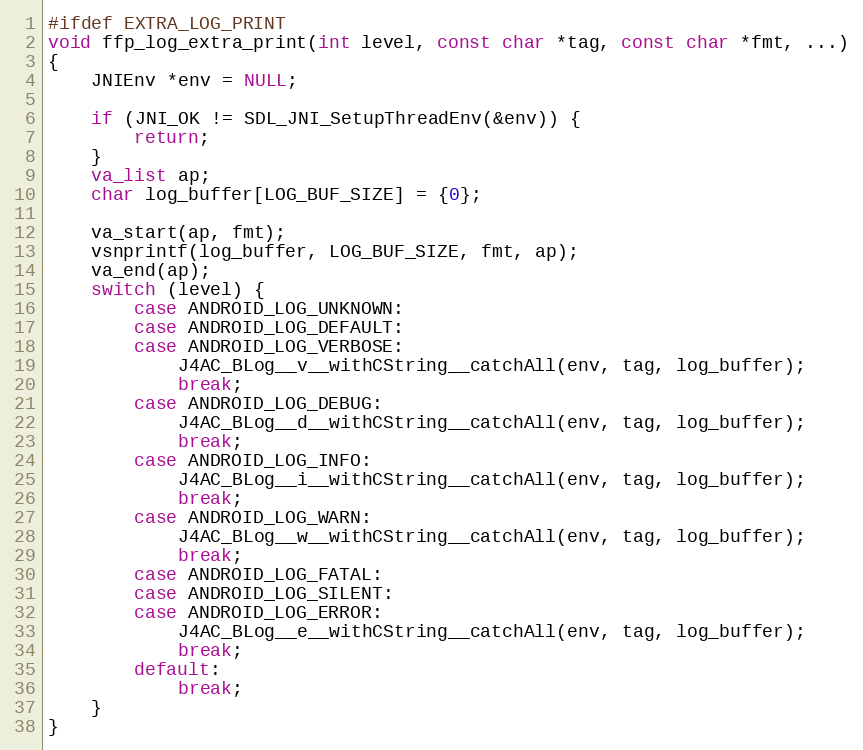
Language: C
#ifdef EXTRA_LOG_PRINT
void ffp_log_extra_print(int level, const char *tag, const char *fmt, ...)
{
    JNIEnv *env = NULL;

    if (JNI_OK != SDL_JNI_SetupThreadEnv(&env)) {
        return;
    }
    va_list ap;
    char log_buffer[LOG_BUF_SIZE] = {0};

    va_start(ap, fmt);
    vsnprintf(log_buffer, LOG_BUF_SIZE, fmt, ap);
    va_end(ap);
    switch (level) {
        case ANDROID_LOG_UNKNOWN:
        case ANDROID_LOG_DEFAULT:
        case ANDROID_LOG_VERBOSE:
            J4AC_BLog__v__withCString__catchAll(env, tag, log_buffer);
            break;
        case ANDROID_LOG_DEBUG:
            J4AC_BLog__d__withCString__catchAll(env, tag, log_buffer);
            break;
        case ANDROID_LOG_INFO:
            J4AC_BLog__i__withCString__catchAll(env, tag, log_buffer);
            break;
        case ANDROID_LOG_WARN:
            J4AC_BLog__w__withCString__catchAll(env, tag, log_buffer);
            break;
        case ANDROID_LOG_FATAL:
        case ANDROID_LOG_SILENT:
        case ANDROID_LOG_ERROR:
            J4AC_BLog__e__withCString__catchAll(env, tag, log_buffer);
            break;
        default:
            break;
    }
}